Report of an investigation of the epidemic of malarial fever in Assam, or, kala-azar
Disease focus: Malaria
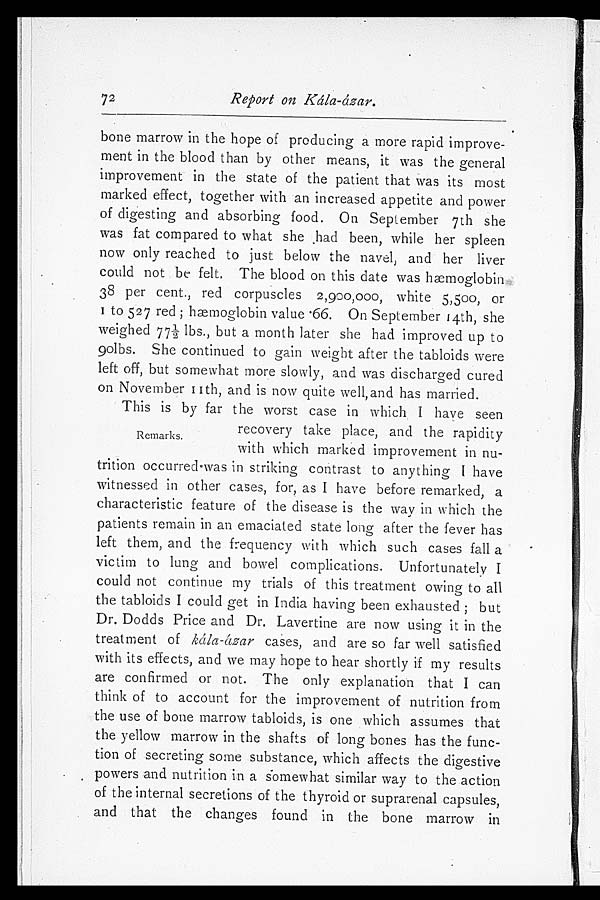
Report on Kála-ázar.
bone marrow in the hope of producing a more rapid improve-
ment in the blood than by other means, it was the general
improvement in the state of the patient that was its most
marked effect, together with an increased appetite and power
of digesting and absorbing food. On September 7th she
was fat compared to what she had been, while her spleen
now only reached to just below the navel, and her liver
could not be felt. The blood on this date was hæmoglobin
38 per cent., red corpuscles 2,900,000, white 5,500, or
1 to 527 red; hæmoglobin value .66. On September 14th, she
weighed 77½ lbs., but a month later she had improved up to
90lbs. She continued to gain weight after the tabloids were
left off, but somewhat more slowly, and was discharged cured
on November 11th, and is now quite well, and has married.
This is by far the worst case in which I have seen
recovery take place, and the rapidity
with which marked improvement in nu-
trition occurred was in striking contrast to anything I have
witnessed in other cases, for, as I have before remarked, a
characteristic feature of the disease is the way in which the
patients remain in an emaciated state long after the fever has
left them, and the frequency with which such cases fall a
victim to lung and bowel complications. Unfortunately I
could not continue my trials of this treatment owing to all
the tabloids I could get in India having been exhausted; but
Dr. Dodds Price and Dr. Lavertine are now using it in the
treatment of kála-ázar cases, and are so far well satisfied
with its effects, and we may hope to hear shortly if my results
are confirmed or not. The only explanation that I can
think of to account for the improvement of nutrition from
the use of bone marrow tabloids, is one which assumes that
the yellow marrow in the shafts of long bones has the func
- t i o n o f s e c r e t i n g s o m e s u b s t a n c e , w h i c h a f f e c t s t h e d i g e s t i v e
powers and nutrition in a somewhat similar way to the action
of the internal secretions of the thyroid or suprarenal capsules,
and that the changes found in the bone marrow in
72
Remarks.